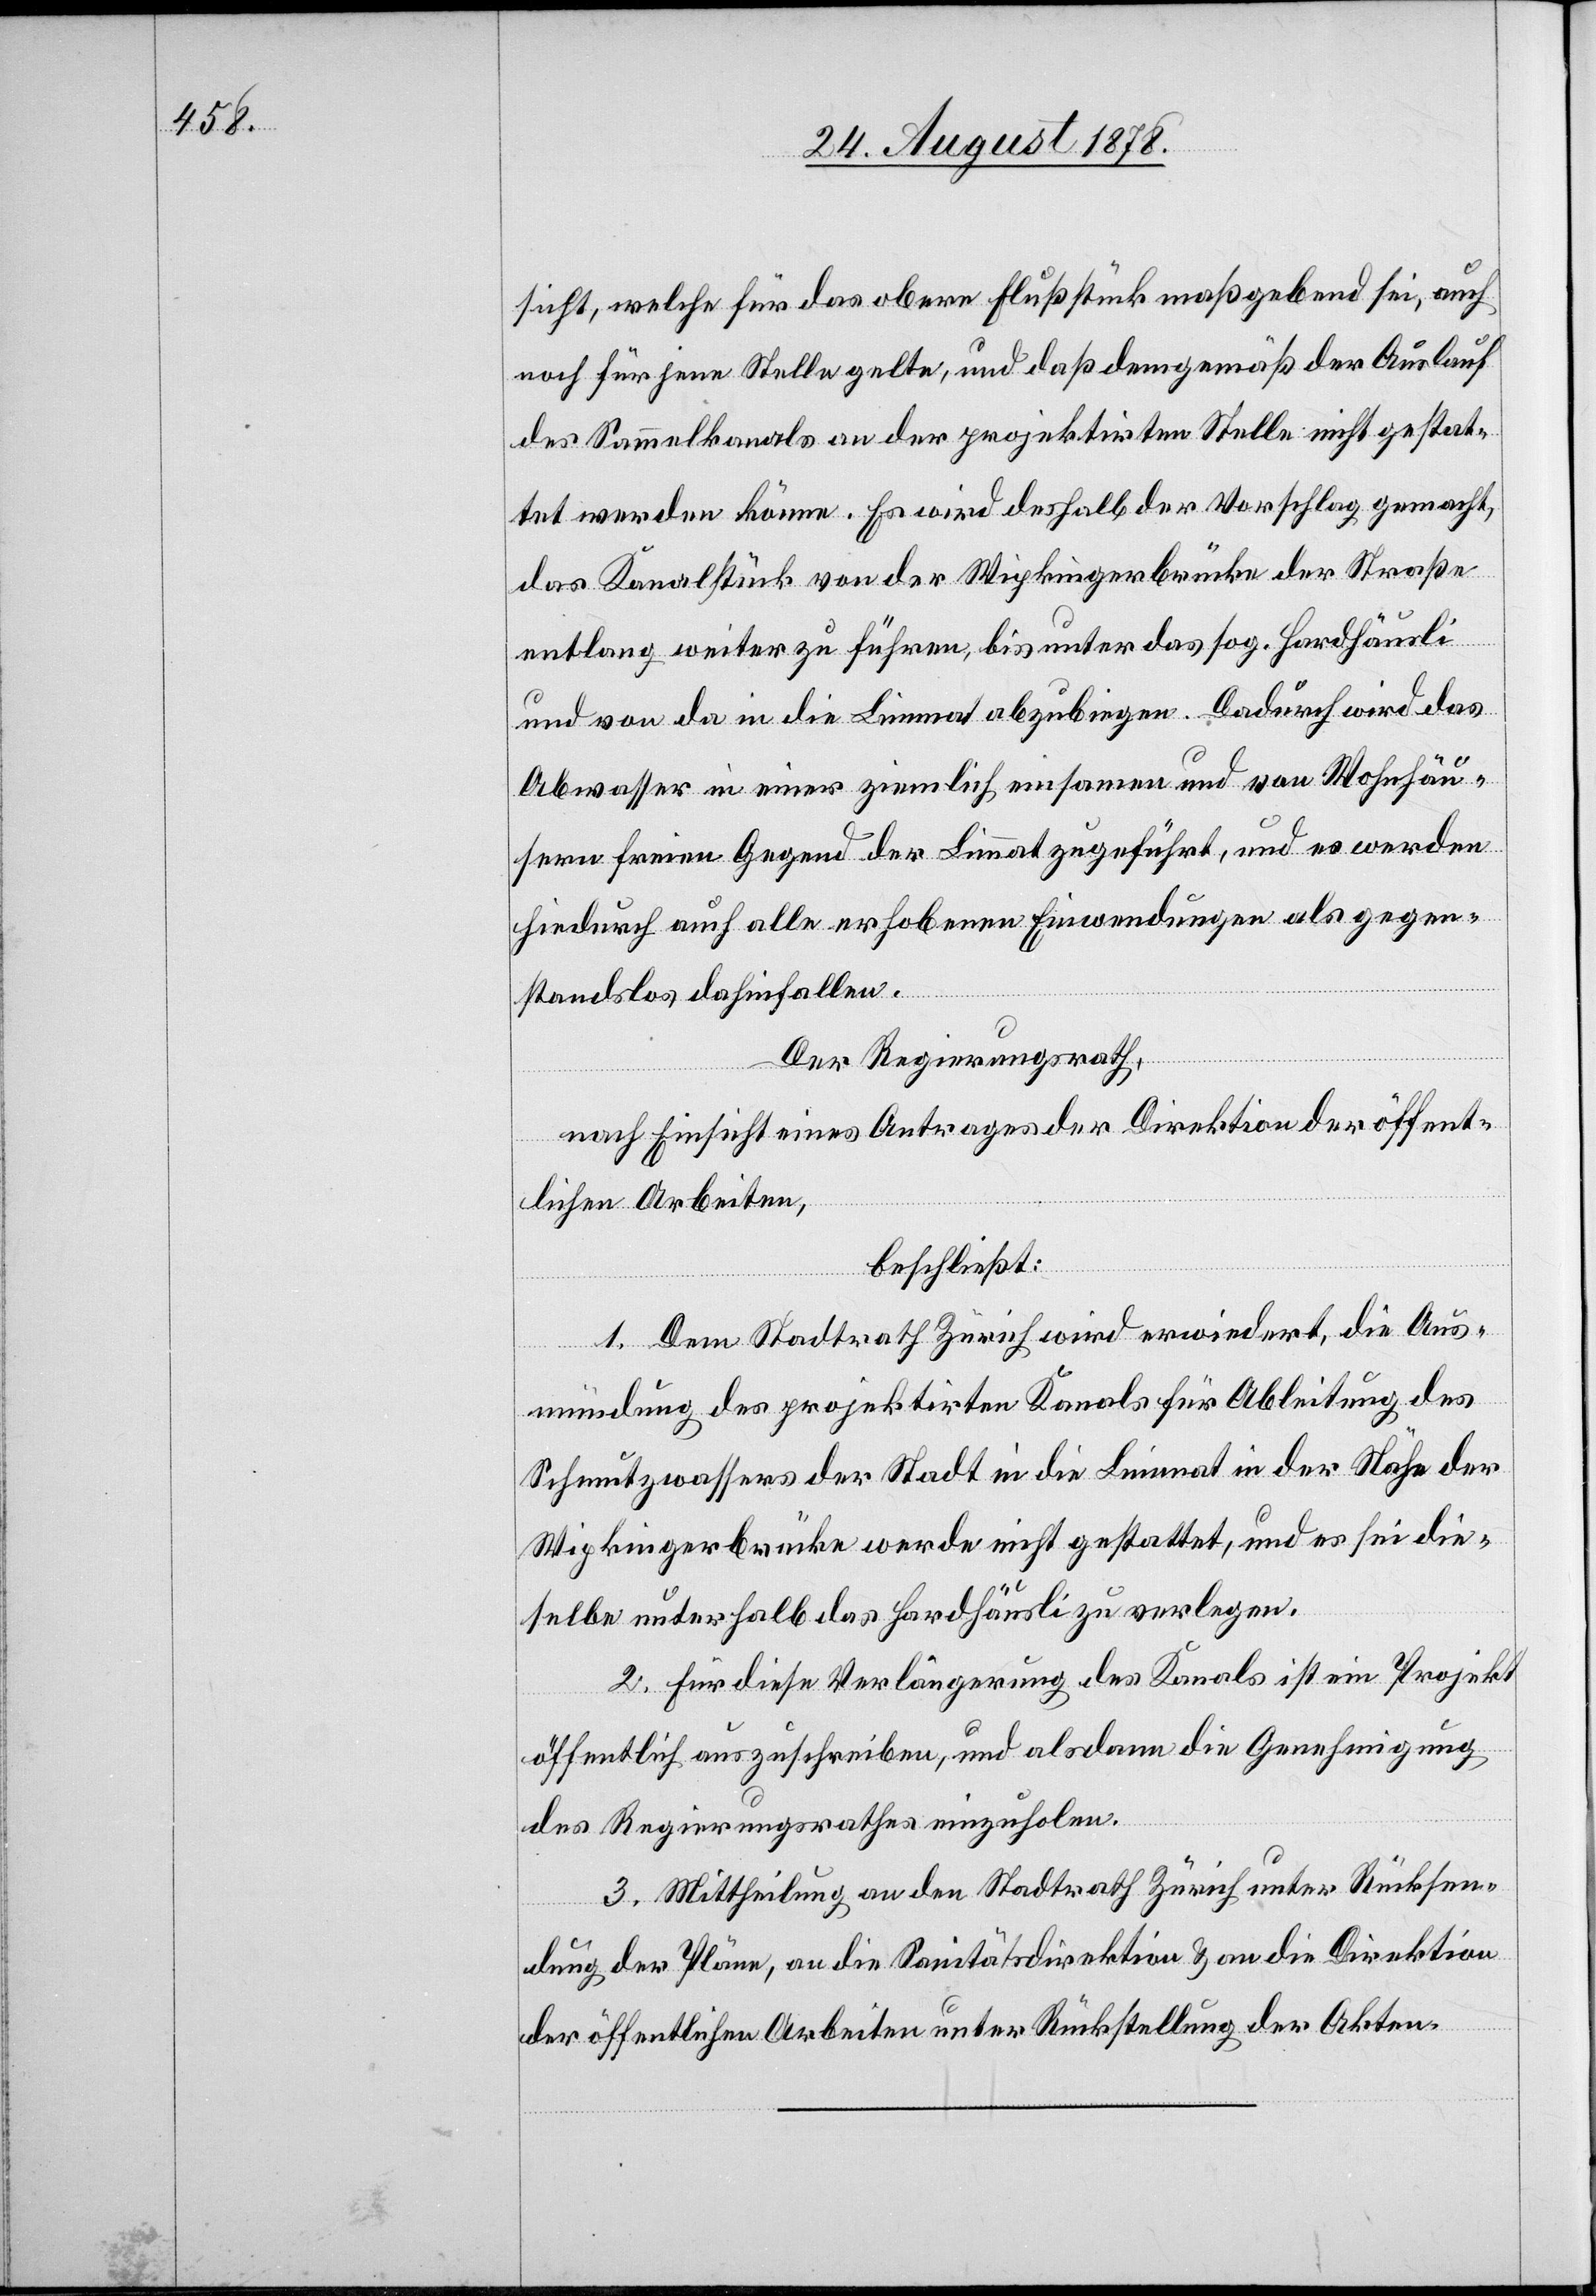
sicht, welche für das obere Flußstück maßgebend sei, auch
noch für jene Stelle gelte, und daß demgemäß der Auslauf
des Sammelkanals an der projektirten Stelle nicht gestat¬
tet werden könne. Es wird deshalb der Vorschlag gemacht,
das Kanalstück von der Wipkingerbrücke der Straße
entlang weiter zu führen, bis unter das sog. Hardhäusli
und von da in die Limmat abzubiegen. Dadurch wird das
Abwasser in einer ziemlich einsamen und von Wohnhäu¬
sern freien Gegen der Limmat zugeführt, und es werden
hiedurch auch alle erhobenen Einwendungen als gegen¬
standslos dahinfallen.
Der Regierungsrath,
nach Einsicht eines Antrages der Direktion der öffent¬
lichen Arbeiten,
beschließt:
1. Dem Stadtrath Zürich wird erwiedert, die Aus¬
mündung des projektirten Kanals für Ableitung des
Schmutzwassers der Stadt in die Limmat in der Nähe der
Wipkingerbrücke werde nicht gestattet, und es sei die¬
selbe unterhalb das Hardhäusli zu verlegen.
2. Für diese Verlängerung des Kanals ist ein Projekt
öffentlich auszuschreiben, und alsdann die Genehmigung
des Regierungsrathes einzuholen.
3. Mittheilung an den Stadtrath Zürich unter Rücksen¬
dung der Pläne, an die Sanitätsdirektion & an die Direktion
der öffentlichen Arbeiten unter Rückstellung der Akten.